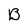
Character: B